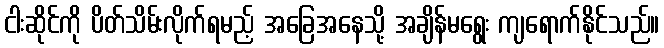
ငါးဆိုင်ကို ပိတ်သိမ်းလိုက်ရမည့် အခြေအနေသို့ အချိန်မရွေး ကျရောက်နိုင်သည်။